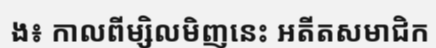
ង៖ កាលពីម្សិលមិញនេះ អតីតសមាជិក